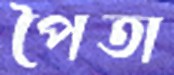
পৈতা